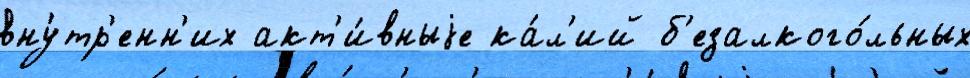
вну́тр'енн'их акт'и́вныjе ка́л'ий б'езалкого́льных